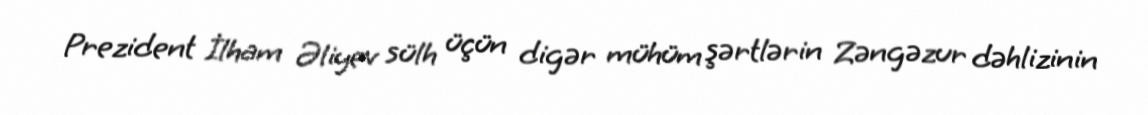
Prezident İlham Əliyev sülh üçün digər mühüm şərtlərin Zəngəzur dəhlizinin